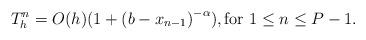
LaTeX: \begin{align*}T_h^n = O(h)(1+{(b-x_{n-1})}^{-\alpha}), \mbox{for } 1 \le n\le P-1.\end{align*}